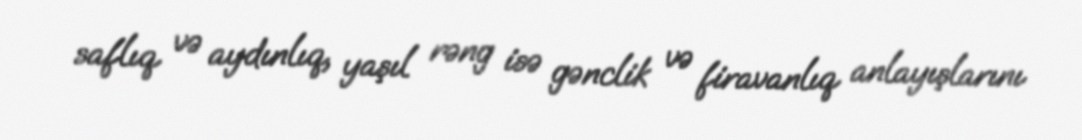
saflıq və aydınlıq, yaşıl rəng isə gənclik və firavanlıq anlayışlarını